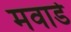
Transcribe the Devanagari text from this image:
मवाडे